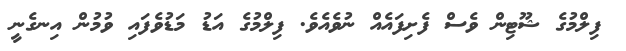
ފިލްމުގެ ޝޫޓިން ވެސް ފެށިފައެއް ނުވެއެވެ. ފިލްމުގެ އަޑު މަޑުވެފައި ވުމުން އިނގެނީ